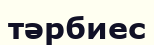
тәрбиес